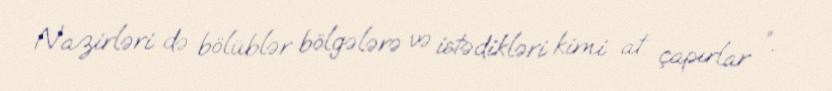
Nazirləri də bölüblər bölgələrə və istədikləri kimi at çapırlar ”.